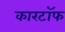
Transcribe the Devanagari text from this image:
कारटॉफ